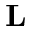
\mathbf { L }